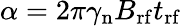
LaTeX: \alpha=2\pi\gamma_{\mathrm{n}}B_{\mathrm{rf}}t_{\mathrm{rf}}